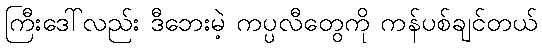
ကြီးဒေါ်လည်း ဒီဘေးမဲ့ ကပ္ပလီတွေကို ကန်ပစ်ချင်တယ်